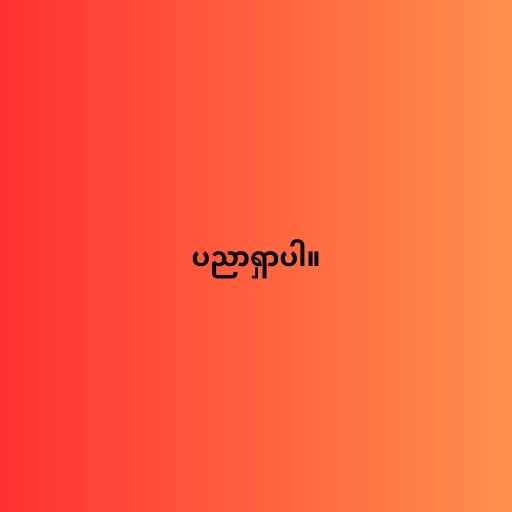
ပညာရှာပါ။